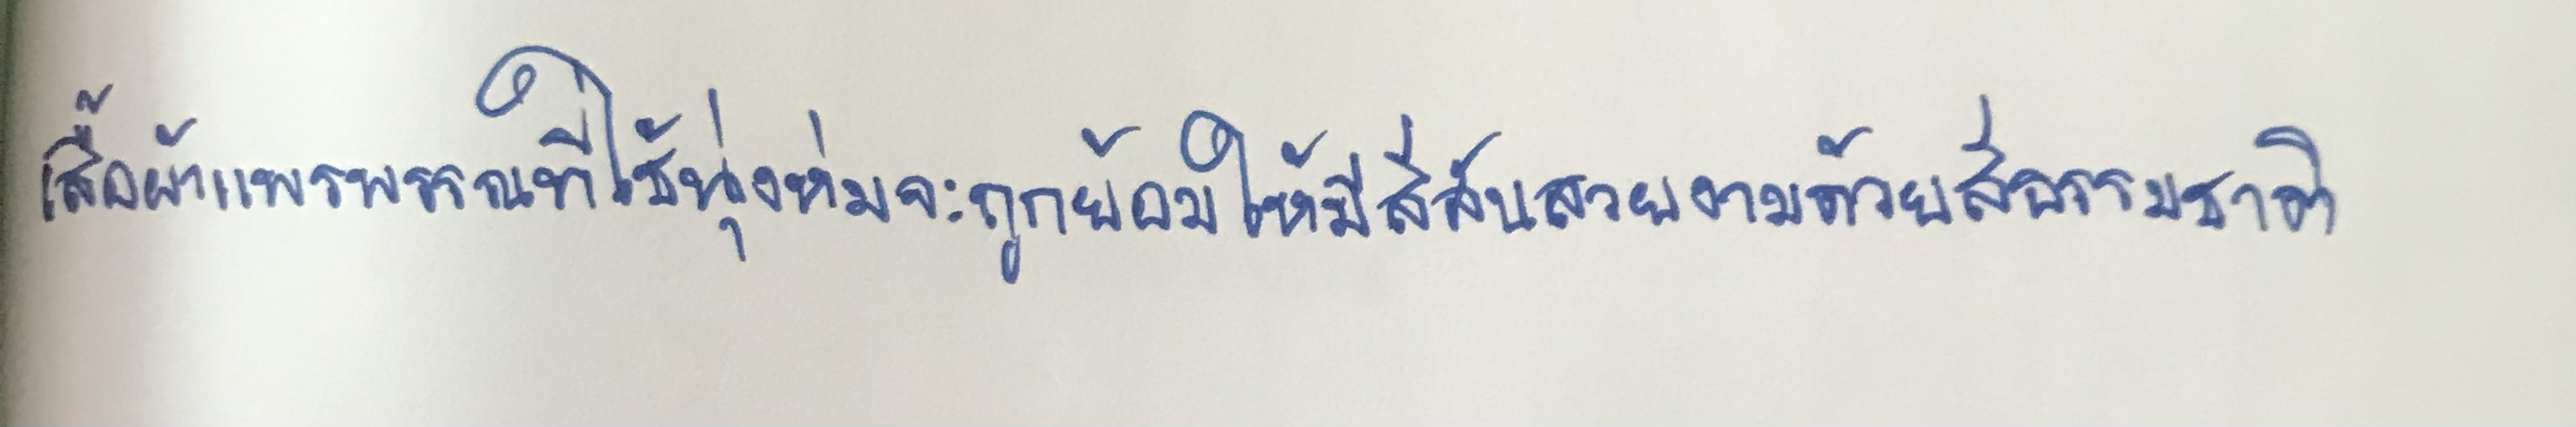
เสื้อผ้าแพรพรรณที่ใช้นุ่งห่มจะถูกย้อมให้มีสีสันสวยงามด้วยสีธรรมชาติ